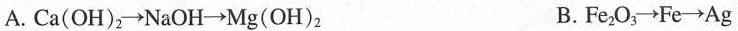
A. $$C a ( O H ) _ { 2 } \rightarrow N a O H \rightarrow Mg ( O H ) _ { 2 }$$ B.$$F e _ { 2 } O _ { 3 } \rightarrow F e \longrightarrow A g